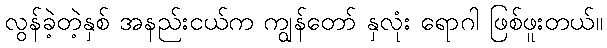
လွန်ခဲ့တဲ့နှစ် အနည်းငယ်က ကျွန်တော် နှလုံး ရောဂါ ဖြစ်ဖူးတယ်။